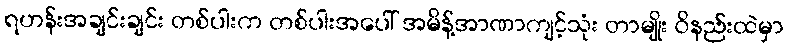
ရဟန်းအချင်းချင်း တစ်ပါးက တစ်ပါးအပေါ် အမိန့်အာဏာကျင့်သုံး တာမျိုး ဝိနည်းထဲမှာ